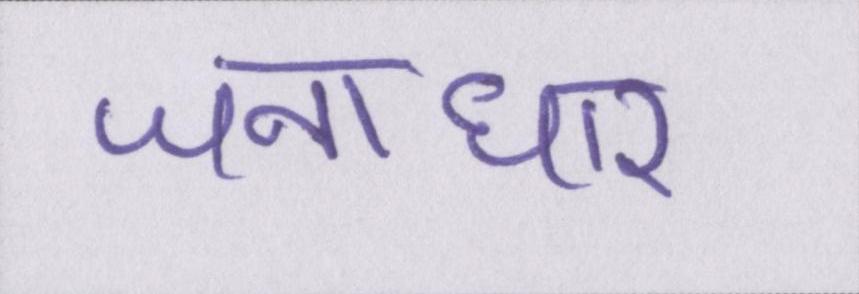
जनाधार